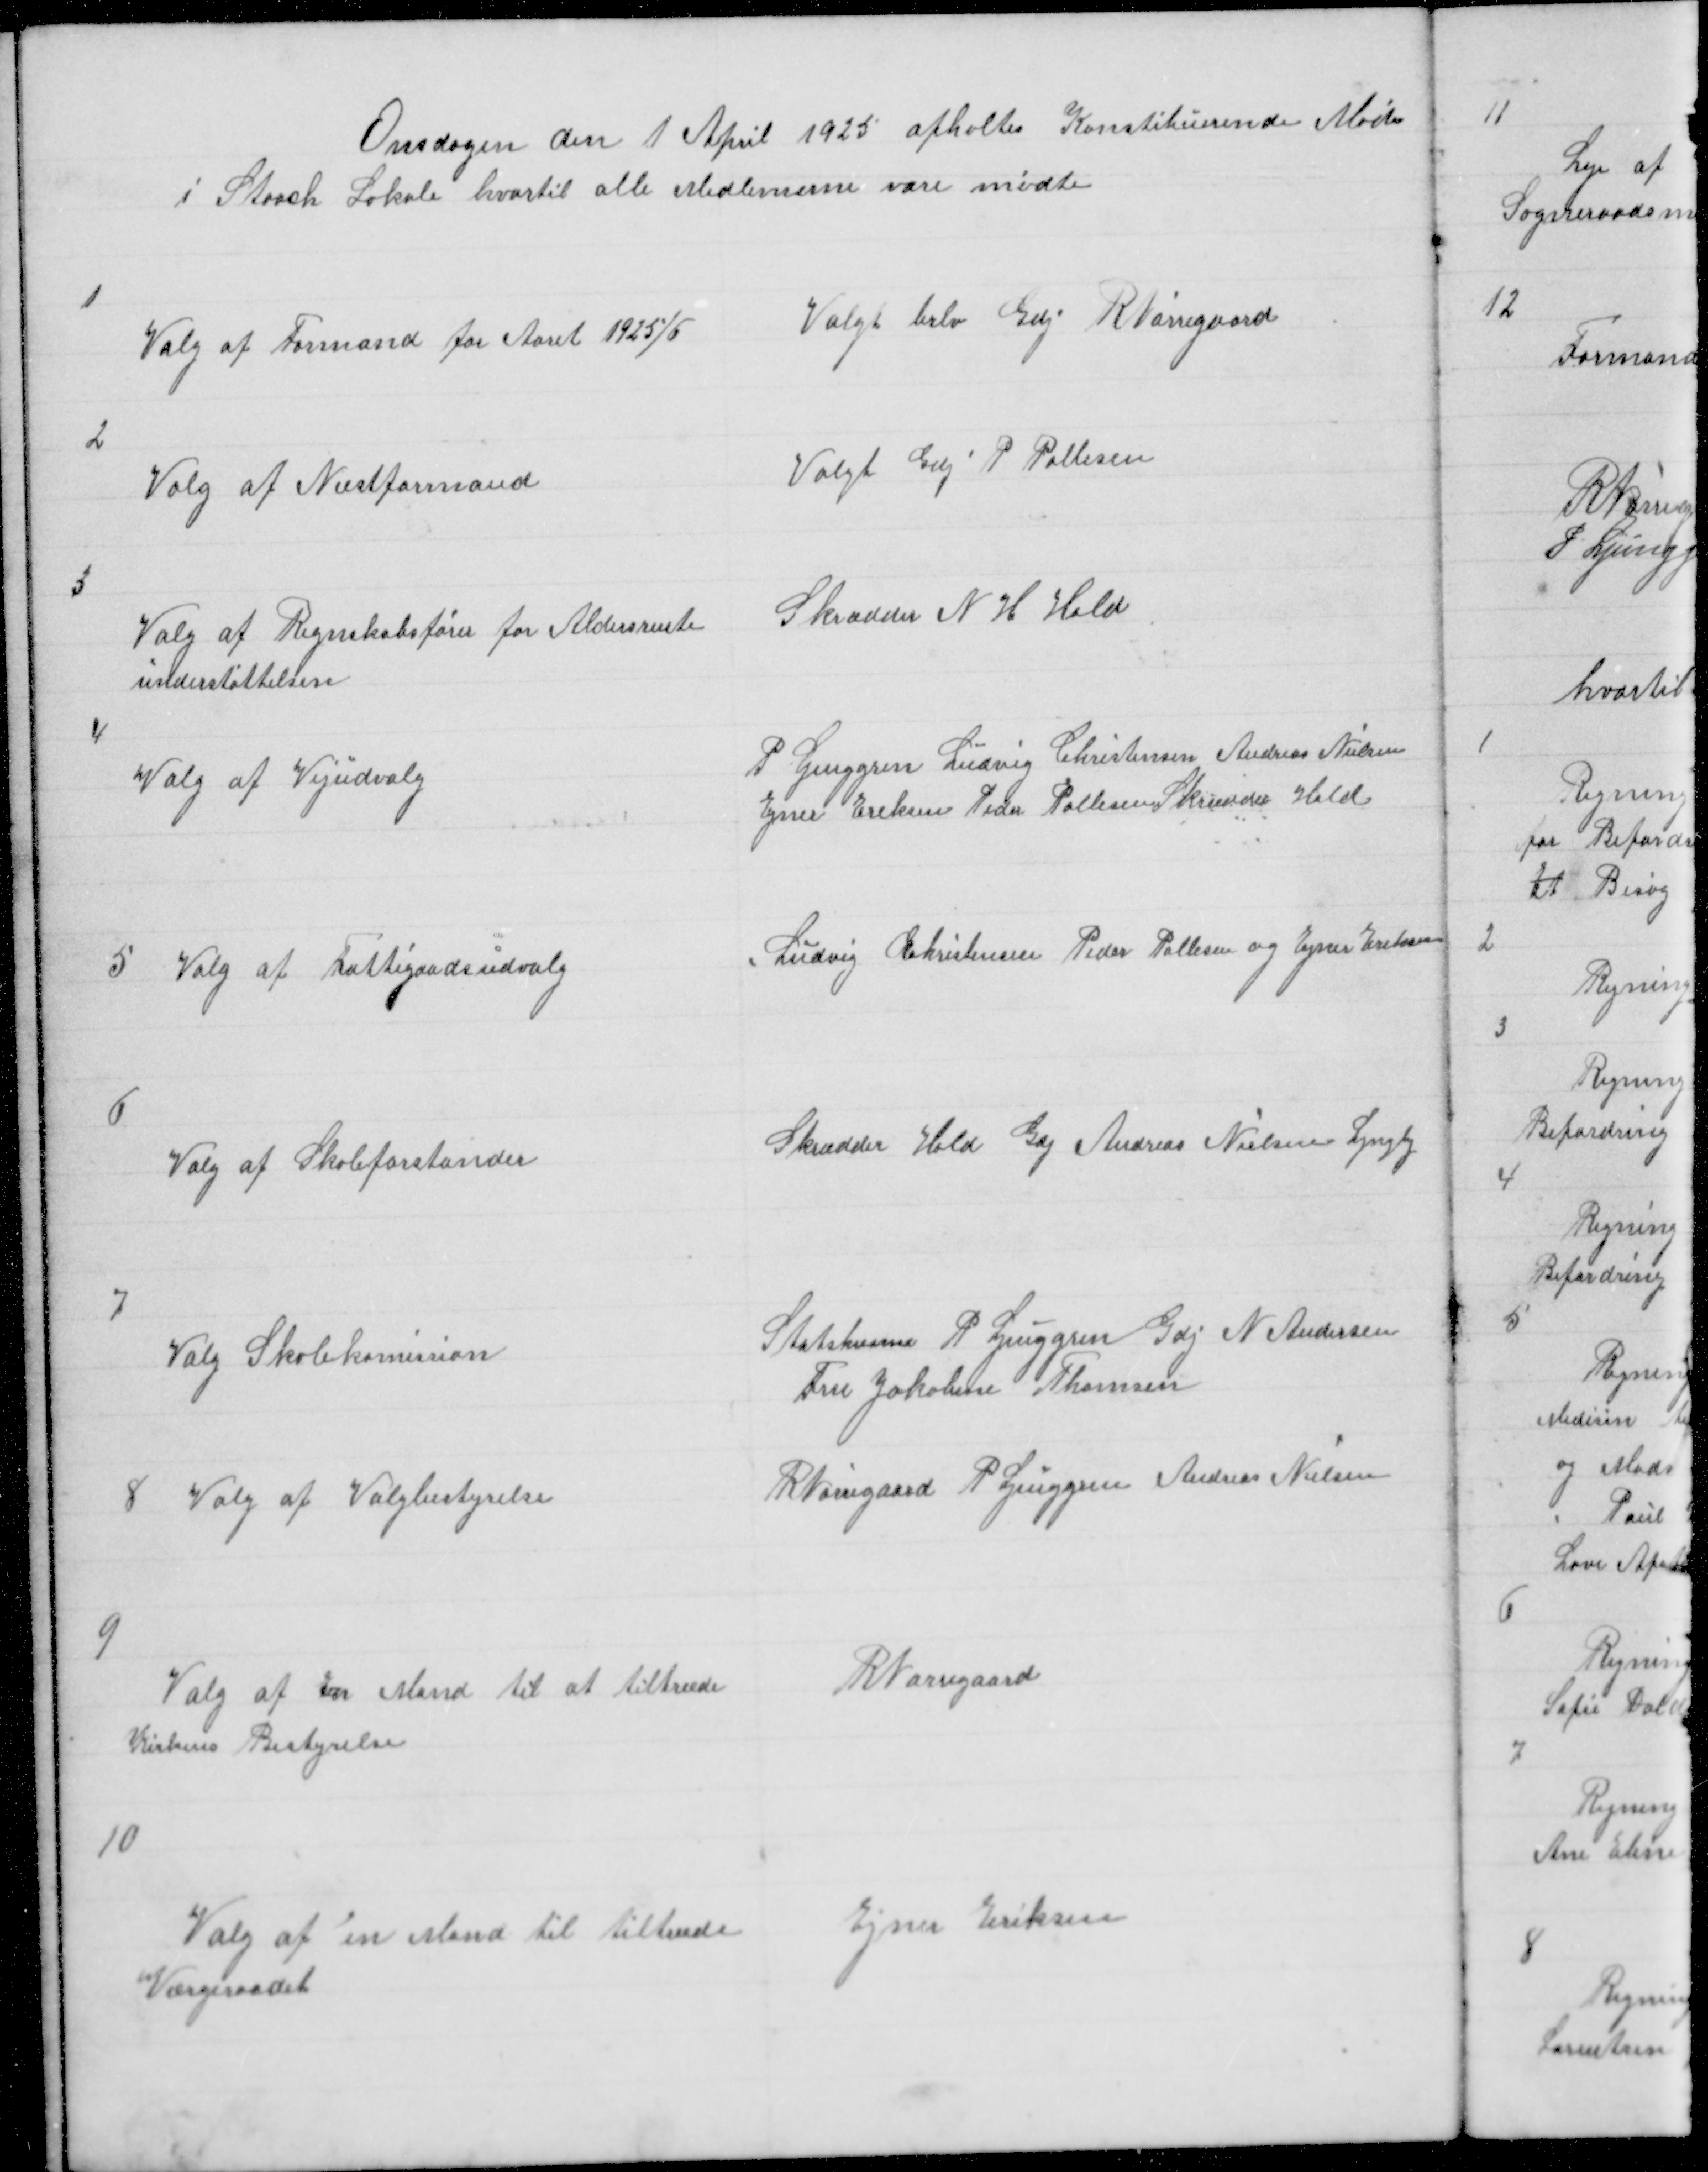
Transskription:
Onsdagen den 1 April afholtes Konstituerende Møde
i Staack Lokale hvortil alle Medlemerne vare mødte

Valgt blev Gdj R Nørregaard

1

Valg af Formand for Aaret 1925/6

2

Valgt Gdj P Pallesen

Valg af Næstformand

3

Skrædder N H Hald

Valg af Regnskabsfører for Aldersrente
understøttelsen

4

P Ljunggren Ludvig Christensen Andreas Nielsen
Ejner Eriksen Peder Pallesen Skrædder Hald

Valg af Vejudvalg

Ludvig Christensen Peder Pallesen og Ejner Eriksen

Valg af Fattigaadsudvalg

5

6

Skrædder Hald Gdj Andreas Nielsen Lyngby

Valg af Skoleforstander

7

Statshusmd P Ljunggren Gdj N Andersen
Fru Jacobine Thomsen

Valg af Skolekomission

R Nørregaard P Ljunggren Andreas Nielsen

8

Valg af Valgbestyrelse

9

R Nørregaard

Valg af en Mand til at tiltræde
Kirkens bestyrelse

10

Ejner Eriksen

Valg af en Mand til tiltræde
Værgeraadet